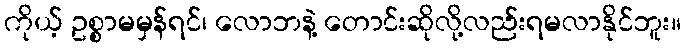
ကိုယ့် ဥစ္စာမမှန်ရင်၊ လောဘနဲ့ တောင်းဆိုလို့လည်းရမလာနိုင်ဘူး။